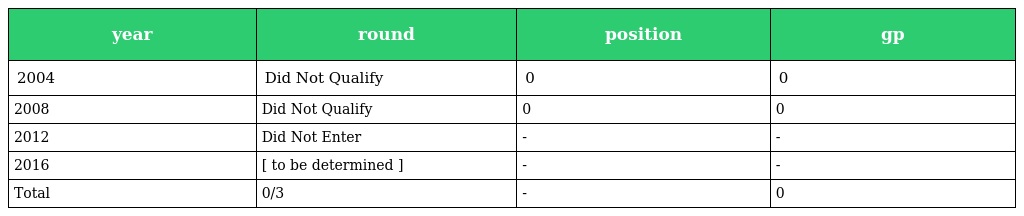
| year | round | position | gp |
 | --- | --- | --- | --- |
 | 2004 | Did Not Qualify | 0 | 0 |
 | 2008 | Did Not Qualify | 0 | 0 |
 | 2012 | Did Not Enter | - | - |
 | 2016 | [ to be determined ] | - | - |
 | Total | 0/3 | - | 0 |